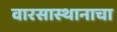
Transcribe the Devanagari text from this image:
वारसास्थानाचा